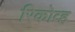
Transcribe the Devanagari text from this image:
रिकोव्ह